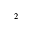
_ 2